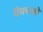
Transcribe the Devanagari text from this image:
वैक्स्जो